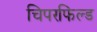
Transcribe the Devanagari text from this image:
चिपरफिल्ड